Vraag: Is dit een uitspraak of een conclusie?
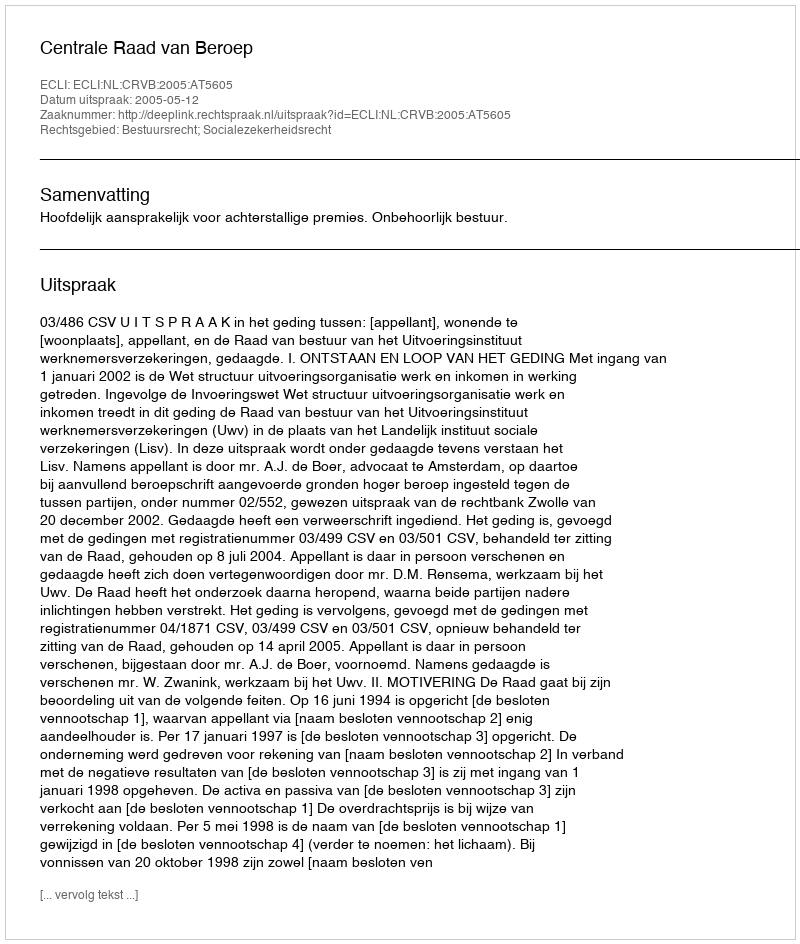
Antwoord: Uitspraak